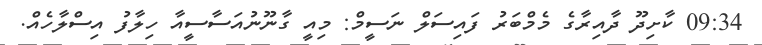
09:34 ކާށިދޫ ދާއިރާގެ މެމްބަރު ފައިސަލް ނަސީމް: މިއީ ގާނޫނުއަސާސީއާ ހިލާފު އިސްލާހެއް.